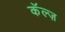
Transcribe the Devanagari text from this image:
कॅल्ज़